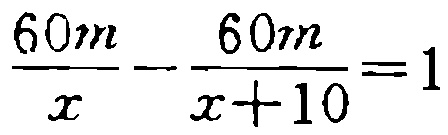
$\frac{60m}{x}-\frac{60m}{x + 10}=1$